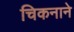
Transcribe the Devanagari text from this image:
चिकनाने